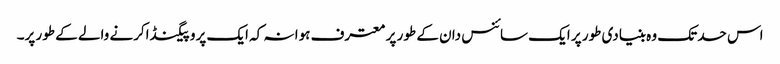
اس حد تک وہ بنیادی طور پر ایک سائنس دان کے طور پر معترف ہوا نہ کہ ایک پروپیگنڈاکرنے والے کے طور پر۔